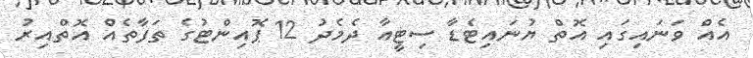
އެއް ވަނައިގައި އޮތް ޔުނައިޓެޑާ ސިޓީއާ ދެމެދު 12 ޕޮއިންޓުގެ ތަފާތެއް އޮތްއިރު